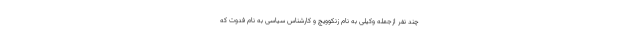
چند نفر ازجمله وکیلی به نام زنکوویچ و کارشناس سیاسی به نام فدوت که